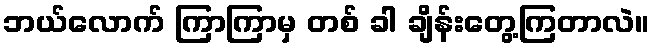
ဘယ်လောက် ကြာကြာမှ တစ် ခါ ချိန်းတွေ့ကြတာလဲ။